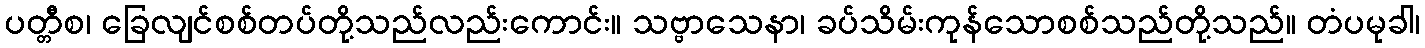
ပတ္တီစ၊ ခြေလျင်စစ်တပ်တို့သည်လည်းကောင်း။ သဗ္ဗာသေနာ၊ ခပ်သိမ်းကုန်သောစစ်သည်တို့သည်။ တံပမုခါ၊